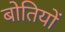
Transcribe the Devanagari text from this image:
बोतियों